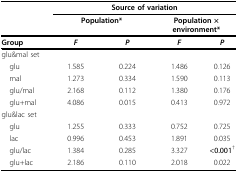
<table><thead><tr><td></td><td colspan="4"><b>Source of variation</b></td></tr><tr><td></td><td colspan="2"><b>Population*</b></td><td colspan="2"><b>Population × environment*</b></td></tr></thead><tbody><tr><td><b>Group</b></td><td><b><i>F</i></b></td><td><b><i>P</i></b></td><td><b><i>F</i></b></td><td><b><i>P</i></b></td></tr><tr><td>glu&amp;mal set</td><td></td><td></td><td></td><td></td></tr><tr><td> glu</td><td>1.585</td><td>0.224</td><td>1.486</td><td>0.126</td></tr><tr><td> mal</td><td>1.273</td><td>0.334</td><td>1.590</td><td>0.113</td></tr><tr><td> glu/mal</td><td>2.168</td><td>0.112</td><td>1.380</td><td>0.176</td></tr><tr><td> glu+mal</td><td>4.086</td><td>0.015</td><td>0.413</td><td>0.972</td></tr><tr><td>glu&amp;lac set</td><td></td><td></td><td></td><td></td></tr><tr><td> glu</td><td>1.255</td><td>0.333</td><td>0.752</td><td>0.725</td></tr><tr><td> lac</td><td>0.996</td><td>0.453</td><td>1.891</td><td>0.035</td></tr><tr><td> glu/lac</td><td>1.384</td><td>0.285</td><td>3.327</td><td><b>&lt;0.001</b><sup>†</sup></td></tr><tr><td> glu+lac</td><td>2.186</td><td>0.110</td><td>2.018</td><td>0.022</td></tr></tbody></table>